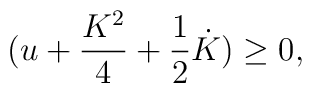
(u + {K^2 \over 4} + {1 \over 2}\dot{K}) \geq 0,